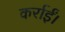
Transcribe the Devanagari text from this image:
कर्राईं।